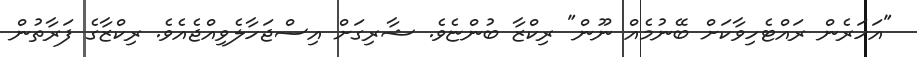
"އަހަރެން ރައްޓެހިވާކަށް ބޭނުމެއް ނޫން" ރިކްޒާ ބުންޏެވެ. ޝާރިގަށް އިސްޖަހާލެވިއްޖެއެވެ. ރިކްޒާގެ ފަރާތުން